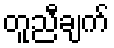
တူညီချက်